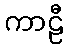
ကာဠီ